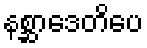
နစ္ဆာဒေတိပေ